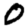
Digit: 0